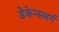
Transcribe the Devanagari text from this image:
डेकेन्सबर्ग